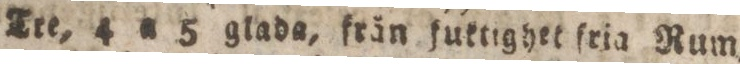
Tre, 4 a 5 glada, från fuktighet fria Rum,